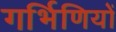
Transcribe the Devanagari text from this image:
गर्भिणियों